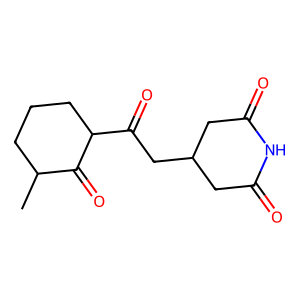
SMILES: CC1CCCC(C(=O)CC2CC(=O)NC(=O)C2)C1=O
Inhibits HIV replication: No